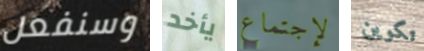
وسنفعل يأخد لإجتماع تكوين